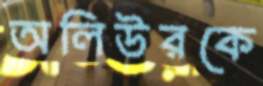
অলিউরকে